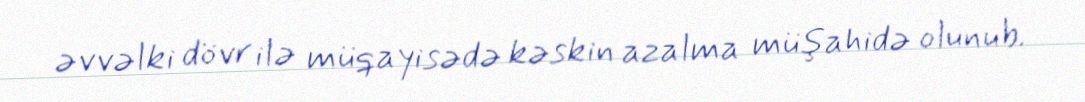
əvvəlki dövr ilə müqayisədə kəskin azalma müşahidə olunub.